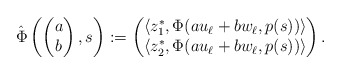
\begin{align*}\hat\Phi\left(\begin{pmatrix}a\\b\end{pmatrix},s\right) := \begin{pmatrix}\langle z_1^*, \Phi(a u_\ell + b w_\ell, p(s))\rangle\\\langle z_2^*, \Phi(a u_\ell + b w_\ell, p(s))\rangle\end{pmatrix}.\end{align*}